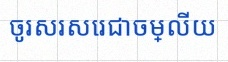
ចូរសរសេរជាចម្លើយ